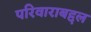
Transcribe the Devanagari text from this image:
परिवाराबद्दल